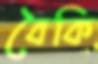
বৈকি